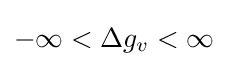
-\infty <\Delta g_{v}<\infty